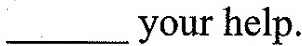
___ your help.